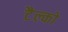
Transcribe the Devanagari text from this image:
टैल्को